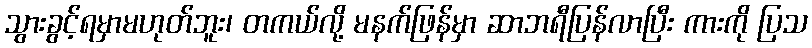
သွားခွင့်ရမှာမဟုတ်ဘူး၊ တကယ်လို့ မနက်ဖြန်မှာ ဆာဘရီပြန်လာပြီး ကားကို ပြသ